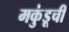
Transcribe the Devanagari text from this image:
मकुंडूची